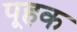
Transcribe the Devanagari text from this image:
पूहक